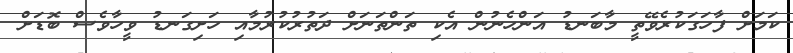
ކަމަށް ފާހަގަކުރެވޭތީ މާބަނޑު އަންހެނުން އެކި ތަންތަނަށް ދަތުރުކުރުމާއި ހަށިގަނޑު ވީހާވެސް ބޮޑަށް